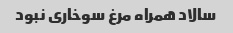
سالاد همراه مرغ سوخاری نبود